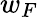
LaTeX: w_{F}